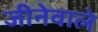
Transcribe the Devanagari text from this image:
जीनेवाले